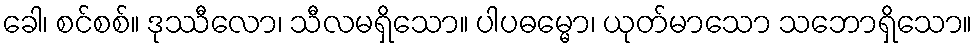
ခေါ၊ စင်စစ်။ ဒုဿီလော၊ သီလမရှိသော။ ပါပဓမ္မော၊ ယုတ်မာသော သဘောရှိသော။